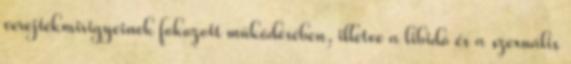
verejtékmirigyeinek fokozott működésében, illetve a libidó és a szexuális